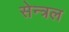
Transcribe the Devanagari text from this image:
सेन्त्रल